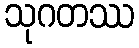
သုဂတဿ